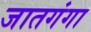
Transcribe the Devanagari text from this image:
जातगंगा